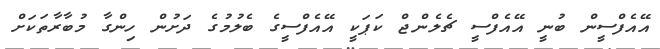
އޭއެފްސީން ބުނީ އޭއެފްސީ ޗެލެންޖް ކަޕަކީ އޭއެފްސީގެ ބެލުމުގެ ދަށުން ހިންގާ މުބާރާތަކަށް